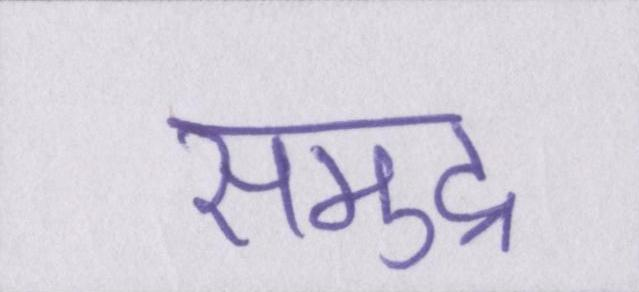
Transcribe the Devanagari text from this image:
समुद्र